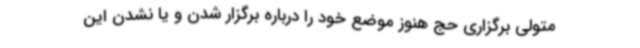
متولی برگزاری حج هنوز موضع خود را درباره برگزار شدن و یا نشدن این